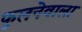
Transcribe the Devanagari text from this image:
फूलनेवाला